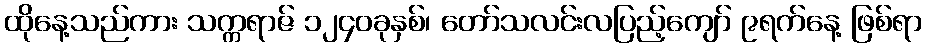
ထိုနေ့သည်ကား သက္ကရာဇ် ၁၂၄၀ခုနှစ်၊ တော်သလင်းလပြည့်ကျော် ၉ရက်နေ့ ဖြစ်ရာ